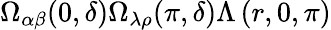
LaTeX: \Omega_{\alpha\beta}(0,\delta)\Omega_{\lambda\rho}(\pi,\delta)\Lambda\left(r,0,\pi\right)